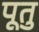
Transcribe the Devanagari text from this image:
पूतु